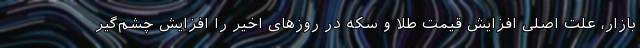
بازار، علت اصلی افزایش قیمت طلا و سکه در روزهای اخیر را افزایش چشم‌گیر